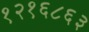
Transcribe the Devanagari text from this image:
१२१६८६३